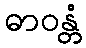
ဓာဝန္တံ